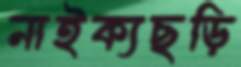
নাইক্যছড়ি